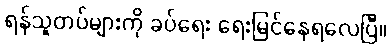
ရန်သူတပ်များကို ခပ်ရေး ရေးမြင်နေရလေပြီ။